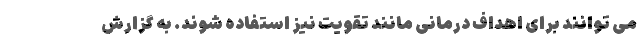
می توانند برای اهداف درمانی مانند تقویت نیز استفاده شوند. به گزارش